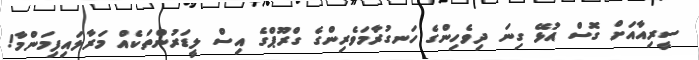
ސީރިއާއަށް ގޮސް އުޅޭ ގިނަ ދިވެހިންގެ ހަނގުރާމަވެރިންގެ ގްރޫޕްގެ އިސް ލީޑަރުންތަކެއް މަރާލައިފިމަންމާ!